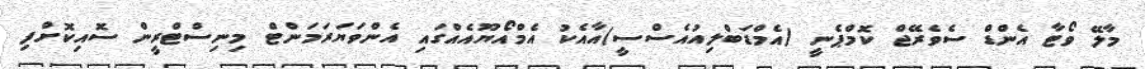
މާލޭ ވޯޓާ އެންޑް ސެވެރޭޖް ކޮމްޕެނީ (އެމްޑަބްލިއުއެސްސީ)އާއެކު އެމްއޯޔޫއެއްގައި އެންވަޔަރަމަންޓް މިނިސްޓްރީން ސޮއިކޮށްފި